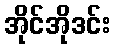
အိုင်အိုဒင်း